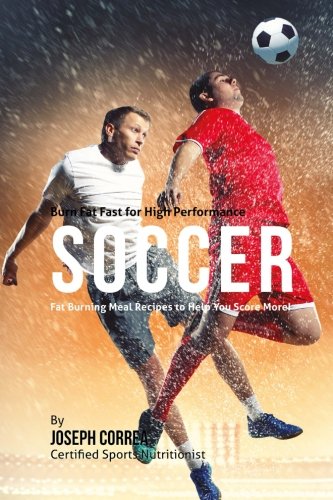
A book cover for Burn Fat Fast for High Performance Soccer: Fat Burning Meal Recipes to Help You Score More!; Joseph Correa (Certified Sports Nutritionist); Sports & Outdoors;